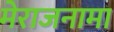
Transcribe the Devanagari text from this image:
मेराजनामा